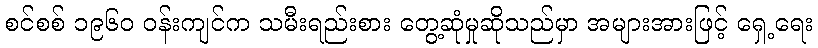
စင်စစ် ၁၉၆၀ ဝန်းကျင်က သမီးရည်းစား တွေ့ဆုံမှုဆိုသည်မှာ အများအားဖြင့် ရှေ့ရေး